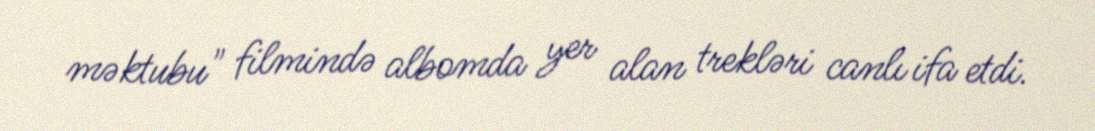
məktubu" filmində albomda yer alan trekləri canlı ifa etdi.